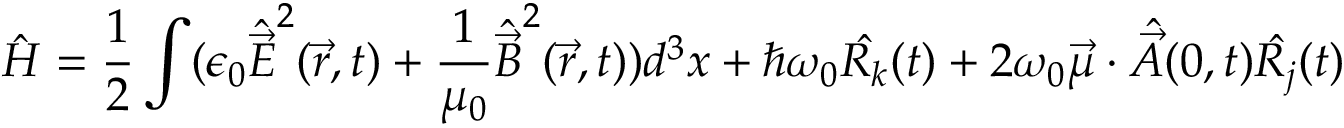
{ \hat { H } } = { \frac { 1 } { 2 } } \int ( \epsilon _ { 0 } { \hat { \vec { E } } } ^ { 2 } ( { \vec { r } } , t ) + { \frac { 1 } { \mu _ { 0 } } } { \hat { \vec { B } } } ^ { 2 } ( { \vec { r } } , t ) ) d ^ { 3 } x + \hbar \omega _ { 0 } { \hat { R _ { k } } } ( t ) + 2 \omega _ { 0 } { \vec { \mu } } \cdot { \hat { \vec { A } } } ( 0 , t ) { \hat { R _ { j } } } ( t )